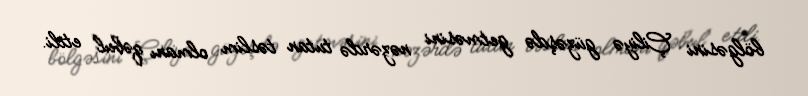
bölgəsini Çiliyə güzəşdə getməsini nəzərdə tutan təslim olmanı qəbul etdi.